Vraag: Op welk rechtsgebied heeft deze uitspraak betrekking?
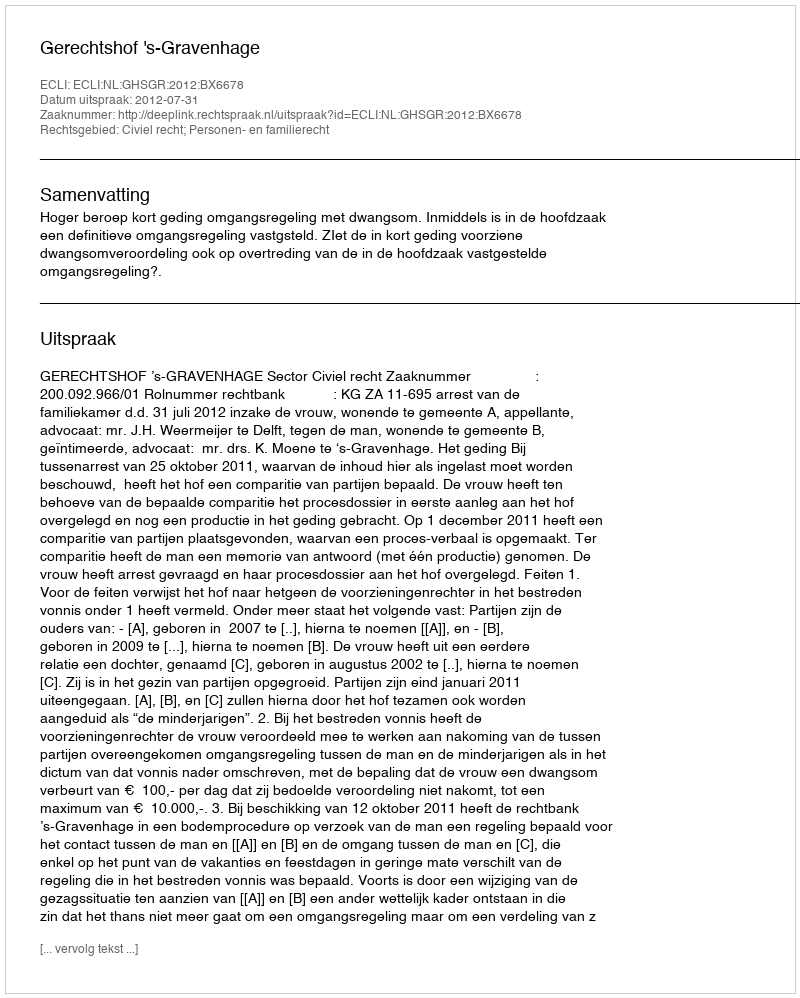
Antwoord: Civiel recht; Personen- en familierecht